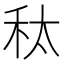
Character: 𮂲